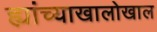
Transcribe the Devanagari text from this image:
ह्यांच्याखालोखाल